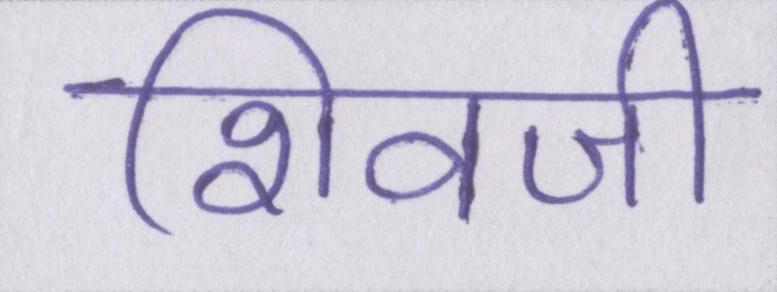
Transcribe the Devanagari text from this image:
शिवजी